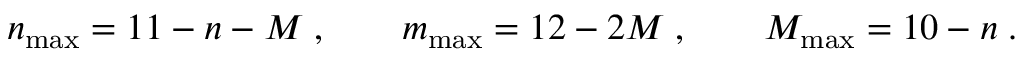
n _ { \mathrm { m a x } } = 1 1 - n - M \; , \qquad m _ { \mathrm { m a x } } = 1 2 - 2 M \; , \qquad M _ { \mathrm { m a x } } = 1 0 - n \; .